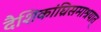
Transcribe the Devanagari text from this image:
दैशिकांघ्रिसमाश्रयात्